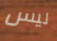
ليس